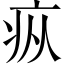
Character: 疭